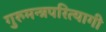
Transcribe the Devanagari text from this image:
गुरुमन्त्रपरित्यागी